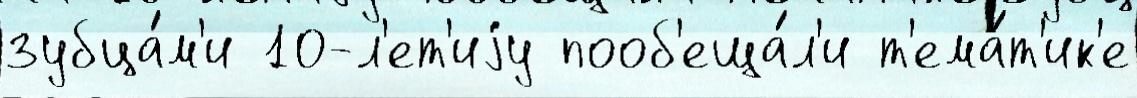
зубца́м'и 10-л'ет'иjу пооб'еща́л'и т'ема́т'ик'е